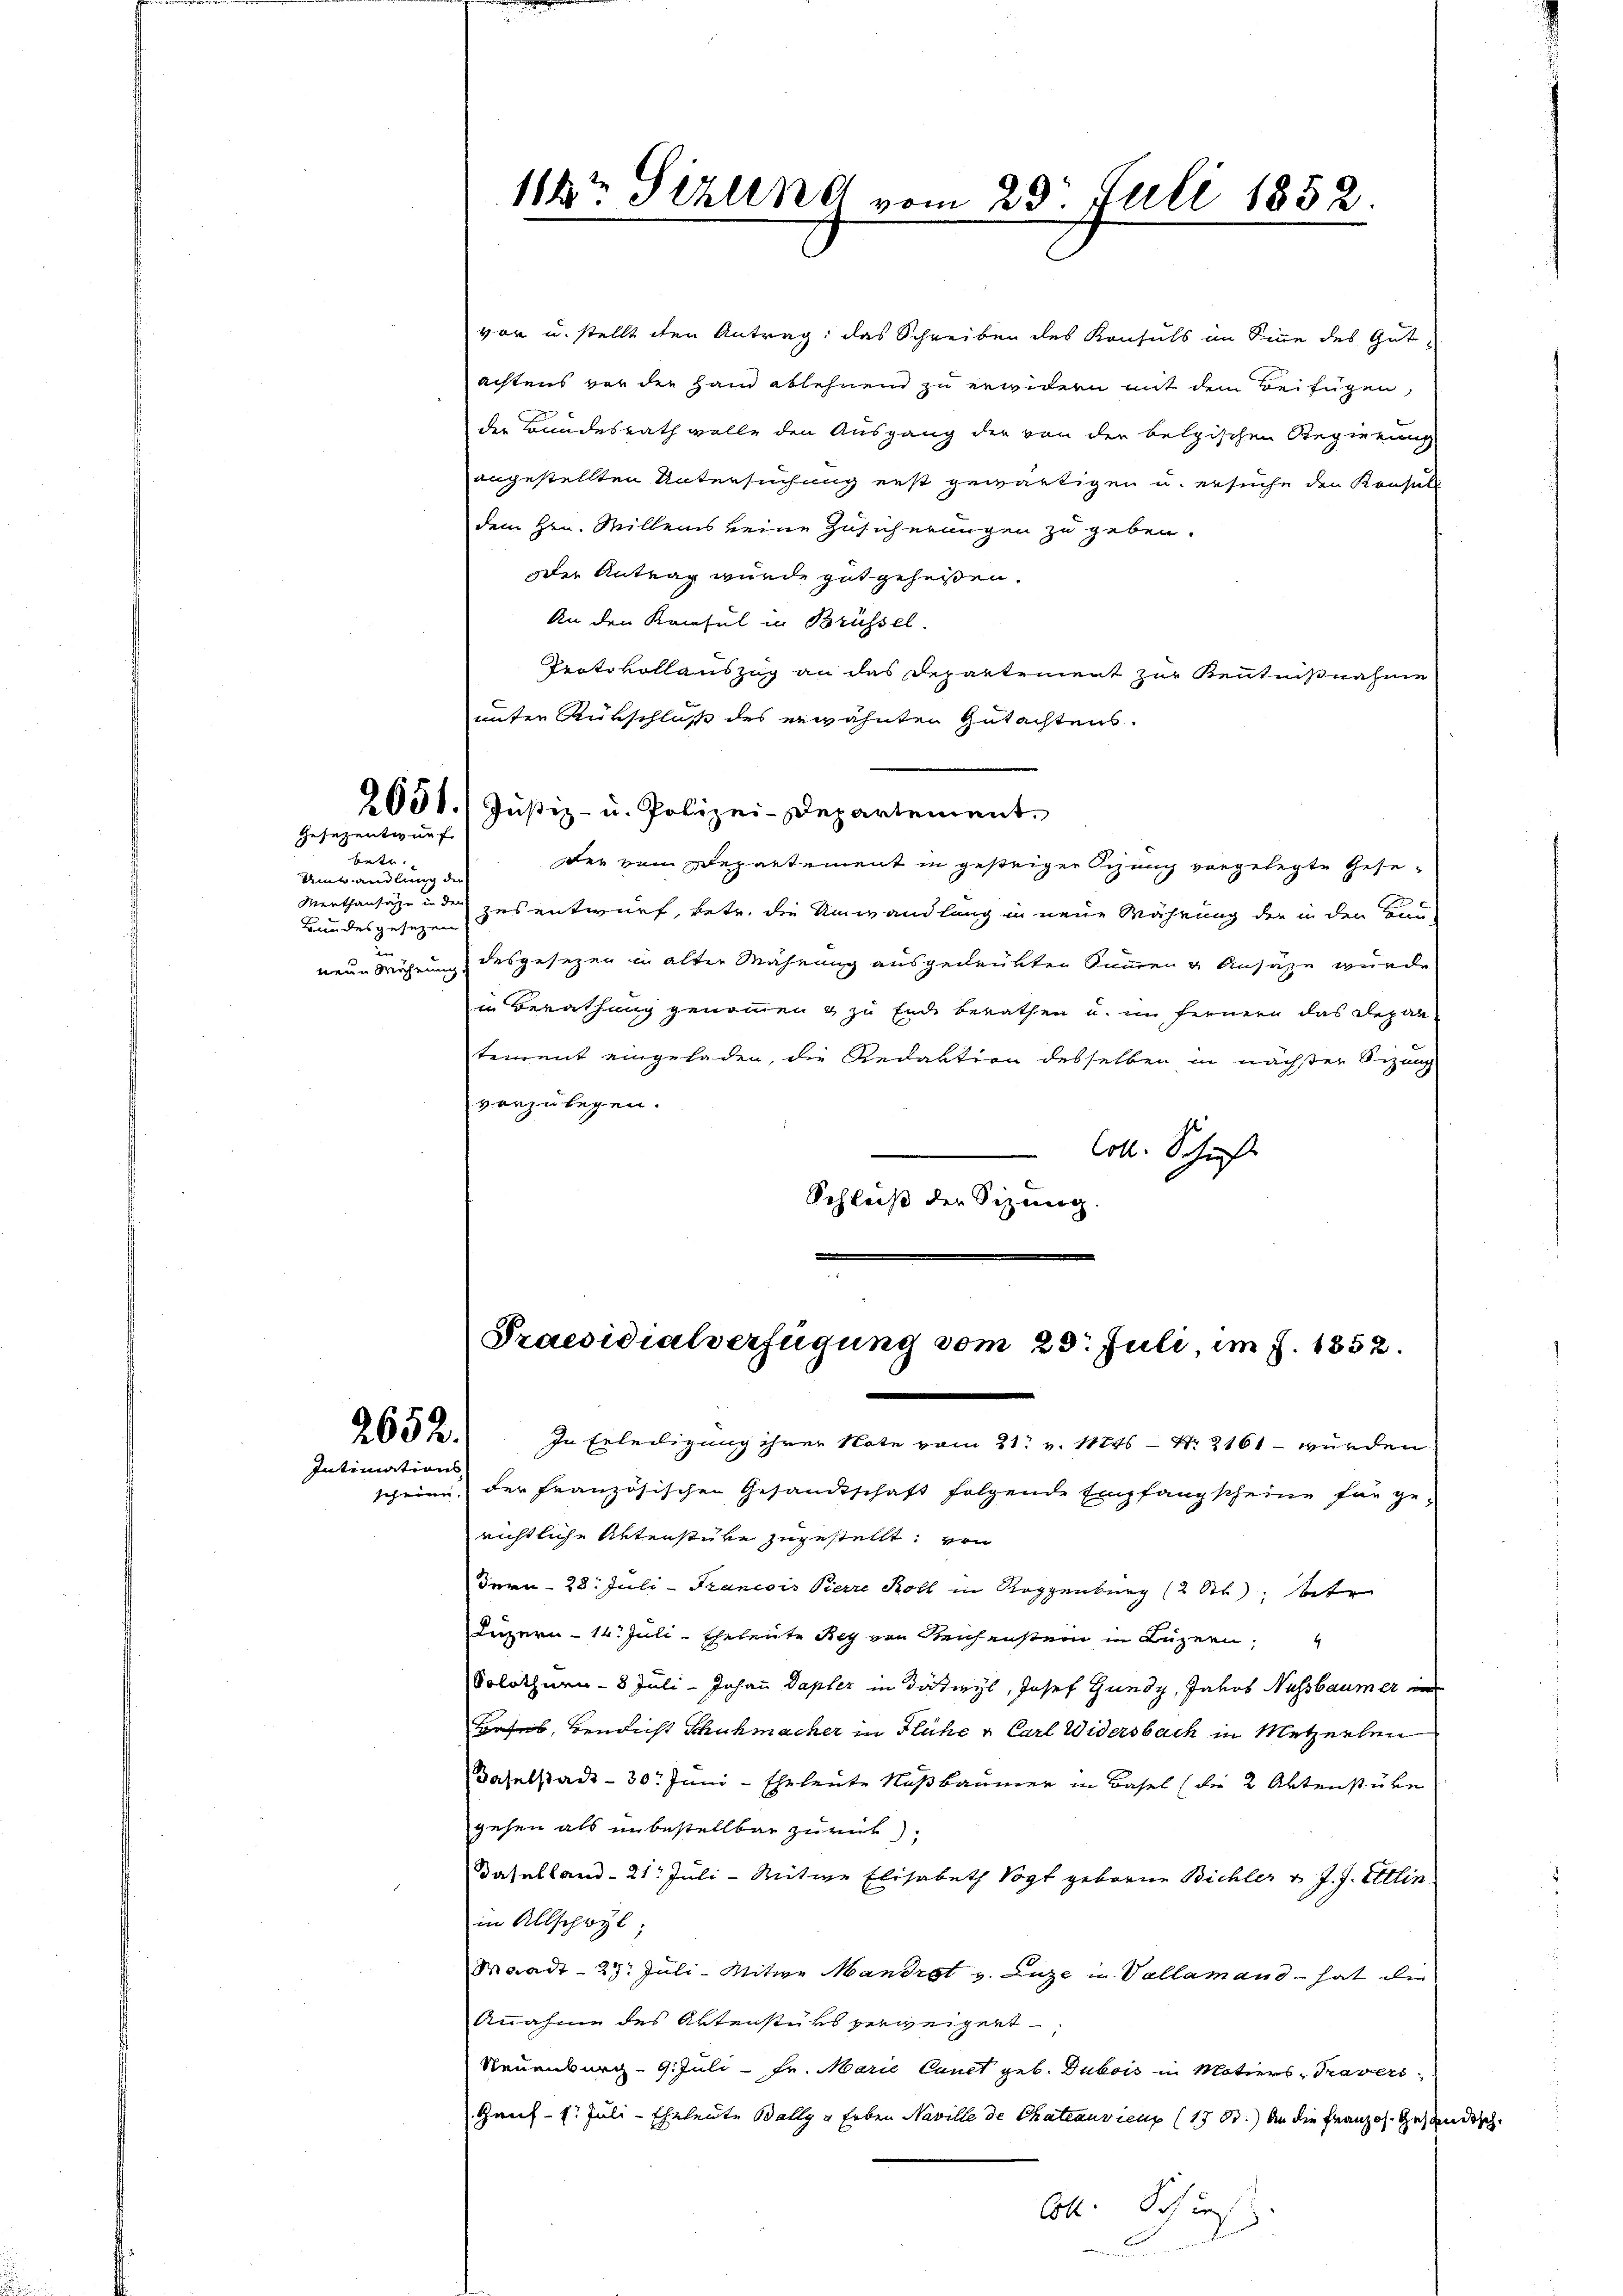
Gesezentwurf

betr.
Umwandlung der
Menthansätze in der
Bundesgesezen
un
neue Währung.

2652.
Intimations

vor u. stellt den Antrag: das Schreiben des Konsuls im Sinne des Gut
achtens vor der Hand ablehnend zu erwidern mit dem Beifügen,
der Bundesrath wolle den Ausgang der von der belgischen Regierung
angestellten Untersuchung erst gewärtigen u. ersuche den Konsuls
dem Hrn. Millens keine Zusicherungen zu geben.
Der Antrag wurde gut geheißen.
An den Konsul in Brüssel.
Protokollauszug an das Departement zur Kenntnißnahme
unter Rückschluß des erwähnten Gutachtens.
2051.) Justiz- u. Polizei-Departement.
der vom Departement in gestriger Sitzung vorgelegte Gesezus entwurf, betr. die Umwandlung in neue Währung der in den Hau
desgesezen in alter Mahnung ausgedrükten Sinnen & Ansäße wurde
in Berathung genommen & zu Ende berathen u. im fernern das Depar
tement eingeladen, die Redaktion desselben in nächster Sizang
vorzulegen.
s
Coll. Schieß
Schluß der Sizung

1182 Sirung vom 23. Juli 1852

Praesidialverfügung vom 23. Juli, im J. 1852.
In Erledigung ihrer Note vom 21. v. Mts. - Nr. 2161 wurden

scheine der französischen Gesandtschaft folgende Empfangscheine für gerichtliche Unterstüke zugestellt, von
Tarn-23. Juli-Trancois Pierre Roll in Roggenburg (2 St); betr
Luzern - 14. Juli-Eheleute Reg von Reichenstein in Luzern,
Solothurn 8 Juli - Johann Dapler in Dätwyl, Josef Gündy, Jakob Nussbaumer in
Basel, Bendicht Schuhmacher in Flüche u. Carl Widersbach in Metzerlen
Daselstadt - 30. Juni - Eheleute Nußbaumer in Basel (die 2 Aktenstube
gehen als unbestellbar zurück
Baselland- 21. Juli - Mitwe Elisabeth Vogt geboren Bichler v. J. J. Ettin
in Allschwyl,
Waadt - 27. Juli-Witwe Mandrat v. Luze in Vallamand hat die
Annahme des Aktenstüks verweigert
Neuenburg - 9. Juli - Fr. Marie Canct geb. Dubois in Motiers, Travers
Gauf- 1. Juli-Eheleute Bally u. Erben Naville de Chateauvienz (1733.) An die Französ. Gesandtsche
Cb. Schieß
A